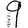
Digit: 9